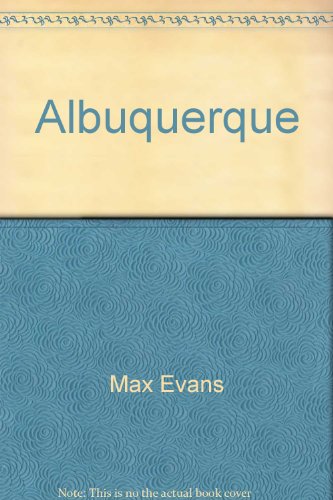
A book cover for Albuquerque: Spirit of the New West; Max Evans; Travel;